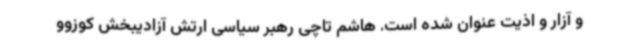
و آزار و اذیت عنوان شده است. هاشم تاچی رهبر سیاسی ارتش آزادیبخش کوزوو